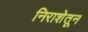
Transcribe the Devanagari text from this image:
निराशेतून